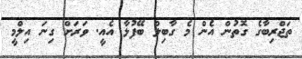
ތަޖްރިބާގެ ގޮތުން އެން މެ ގާބިލް ބޭފުޅާ އެއީ. ވަރަށް ގިނަ އިލްމީ